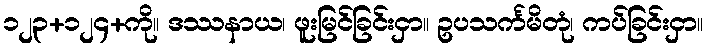
၁၂၃+၁၂၄+ကို။ ဒဿနာယ၊ ဖူးမြင်ခြင်းငှာ။ ဥပသင်္ကမိတုံ၊ ကပ်ခြင်းငှာ။